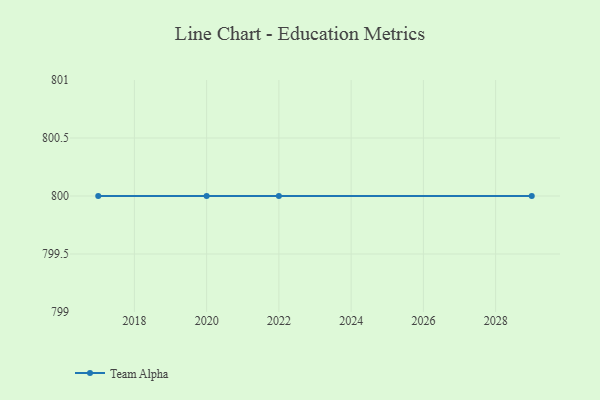
{"axis": {"x": "Year", "y": "Customer Acquisition Cost (USD)"}, "legend": ["Team Alpha"], "data": [{"x": "2017", "y": 800, "type": "Team Alpha"}, {"x": "2029", "y": 800, "type": "Team Alpha"}, {"x": "2020", "y": 800, "type": "Team Alpha"}, {"x": "2022", "y": 800, "type": "Team Alpha"}]}